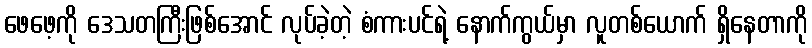
ဖေဖေ့ကို ဒေသတကြီးဖြစ်အောင် လုပ်ခဲ့တဲ့ စံကားပင်ရဲ့ နောက်ကွယ်မှာ လူတစ်ယောက် ရှိနေတာကို